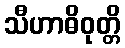
သီဟာဓိဝုတ္တိ